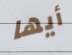
أيها